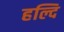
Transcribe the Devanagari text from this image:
हल्दि